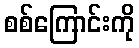
စစ်ကြောင်းကို